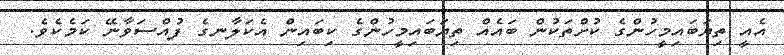
އެއީ ތިޔަބައިމީހުންގެ ކުށްތަކުން ބައެއް ތިޔަބައިމީހުންގެ ކިބައިން އެކަލާނގެ ފުއްސަވާނޭ ކަމެކެވެ.